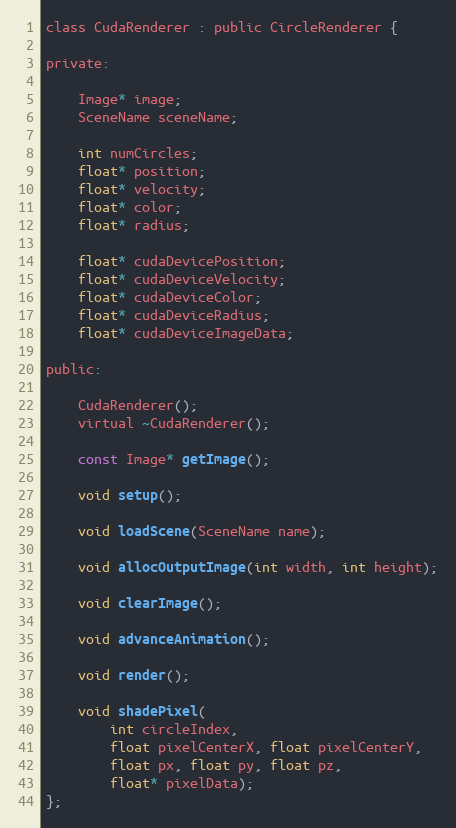
Language: C
class CudaRenderer : public CircleRenderer {

private:

    Image* image;
    SceneName sceneName;

    int numCircles;
    float* position;
    float* velocity;
    float* color;
    float* radius;

    float* cudaDevicePosition;
    float* cudaDeviceVelocity;
    float* cudaDeviceColor;
    float* cudaDeviceRadius;
    float* cudaDeviceImageData;

public:

    CudaRenderer();
    virtual ~CudaRenderer();

    const Image* getImage();

    void setup();

    void loadScene(SceneName name);

    void allocOutputImage(int width, int height);

    void clearImage();

    void advanceAnimation();

    void render();

    void shadePixel(
        int circleIndex,
        float pixelCenterX, float pixelCenterY,
        float px, float py, float pz,
        float* pixelData);
};